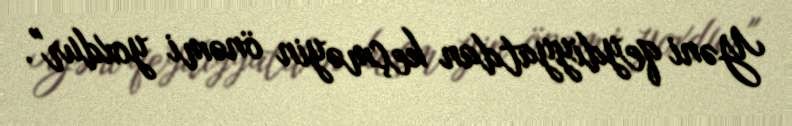
Yəni qeydiyyatdan keçməyin önəmi yoxdur".